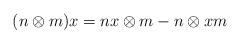
LaTeX: \begin{align*}(n\otimes m)x=nx\otimes m - n\otimes xm\end{align*}